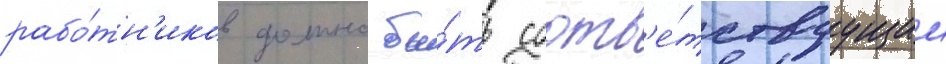
рабо́тн'иков должно бы́ть соотв'е́тствуущим